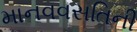
માનવવસતિની